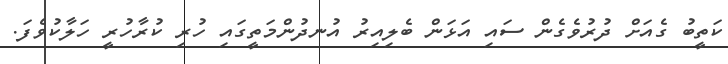
ކަތީބު ގެއަށް ދުރުވެގެން ސައި އަޅަން ބެލިއިރު އުނދުންމަތީގައި ހުރި ކުރާހުރީ ހަލާކުވެފަ.